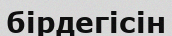
бірдегісін